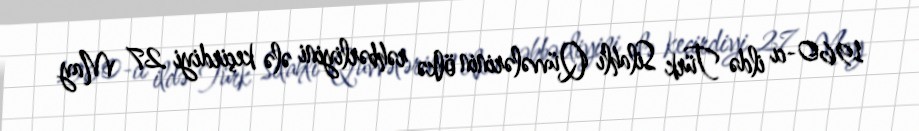
1960-cı ildə Türk Silahlı Qüvvələrinin ölkə rəhbərliyini ələ keçirdiyi 27 May